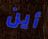
أين